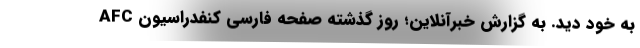
AFC به خود دید. به گزارش خبرآنلاین؛ روز گذشته صفحه فارسی کنفدراسیون